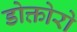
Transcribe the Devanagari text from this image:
डोक्तोरो